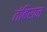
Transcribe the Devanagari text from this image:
तंबिरान